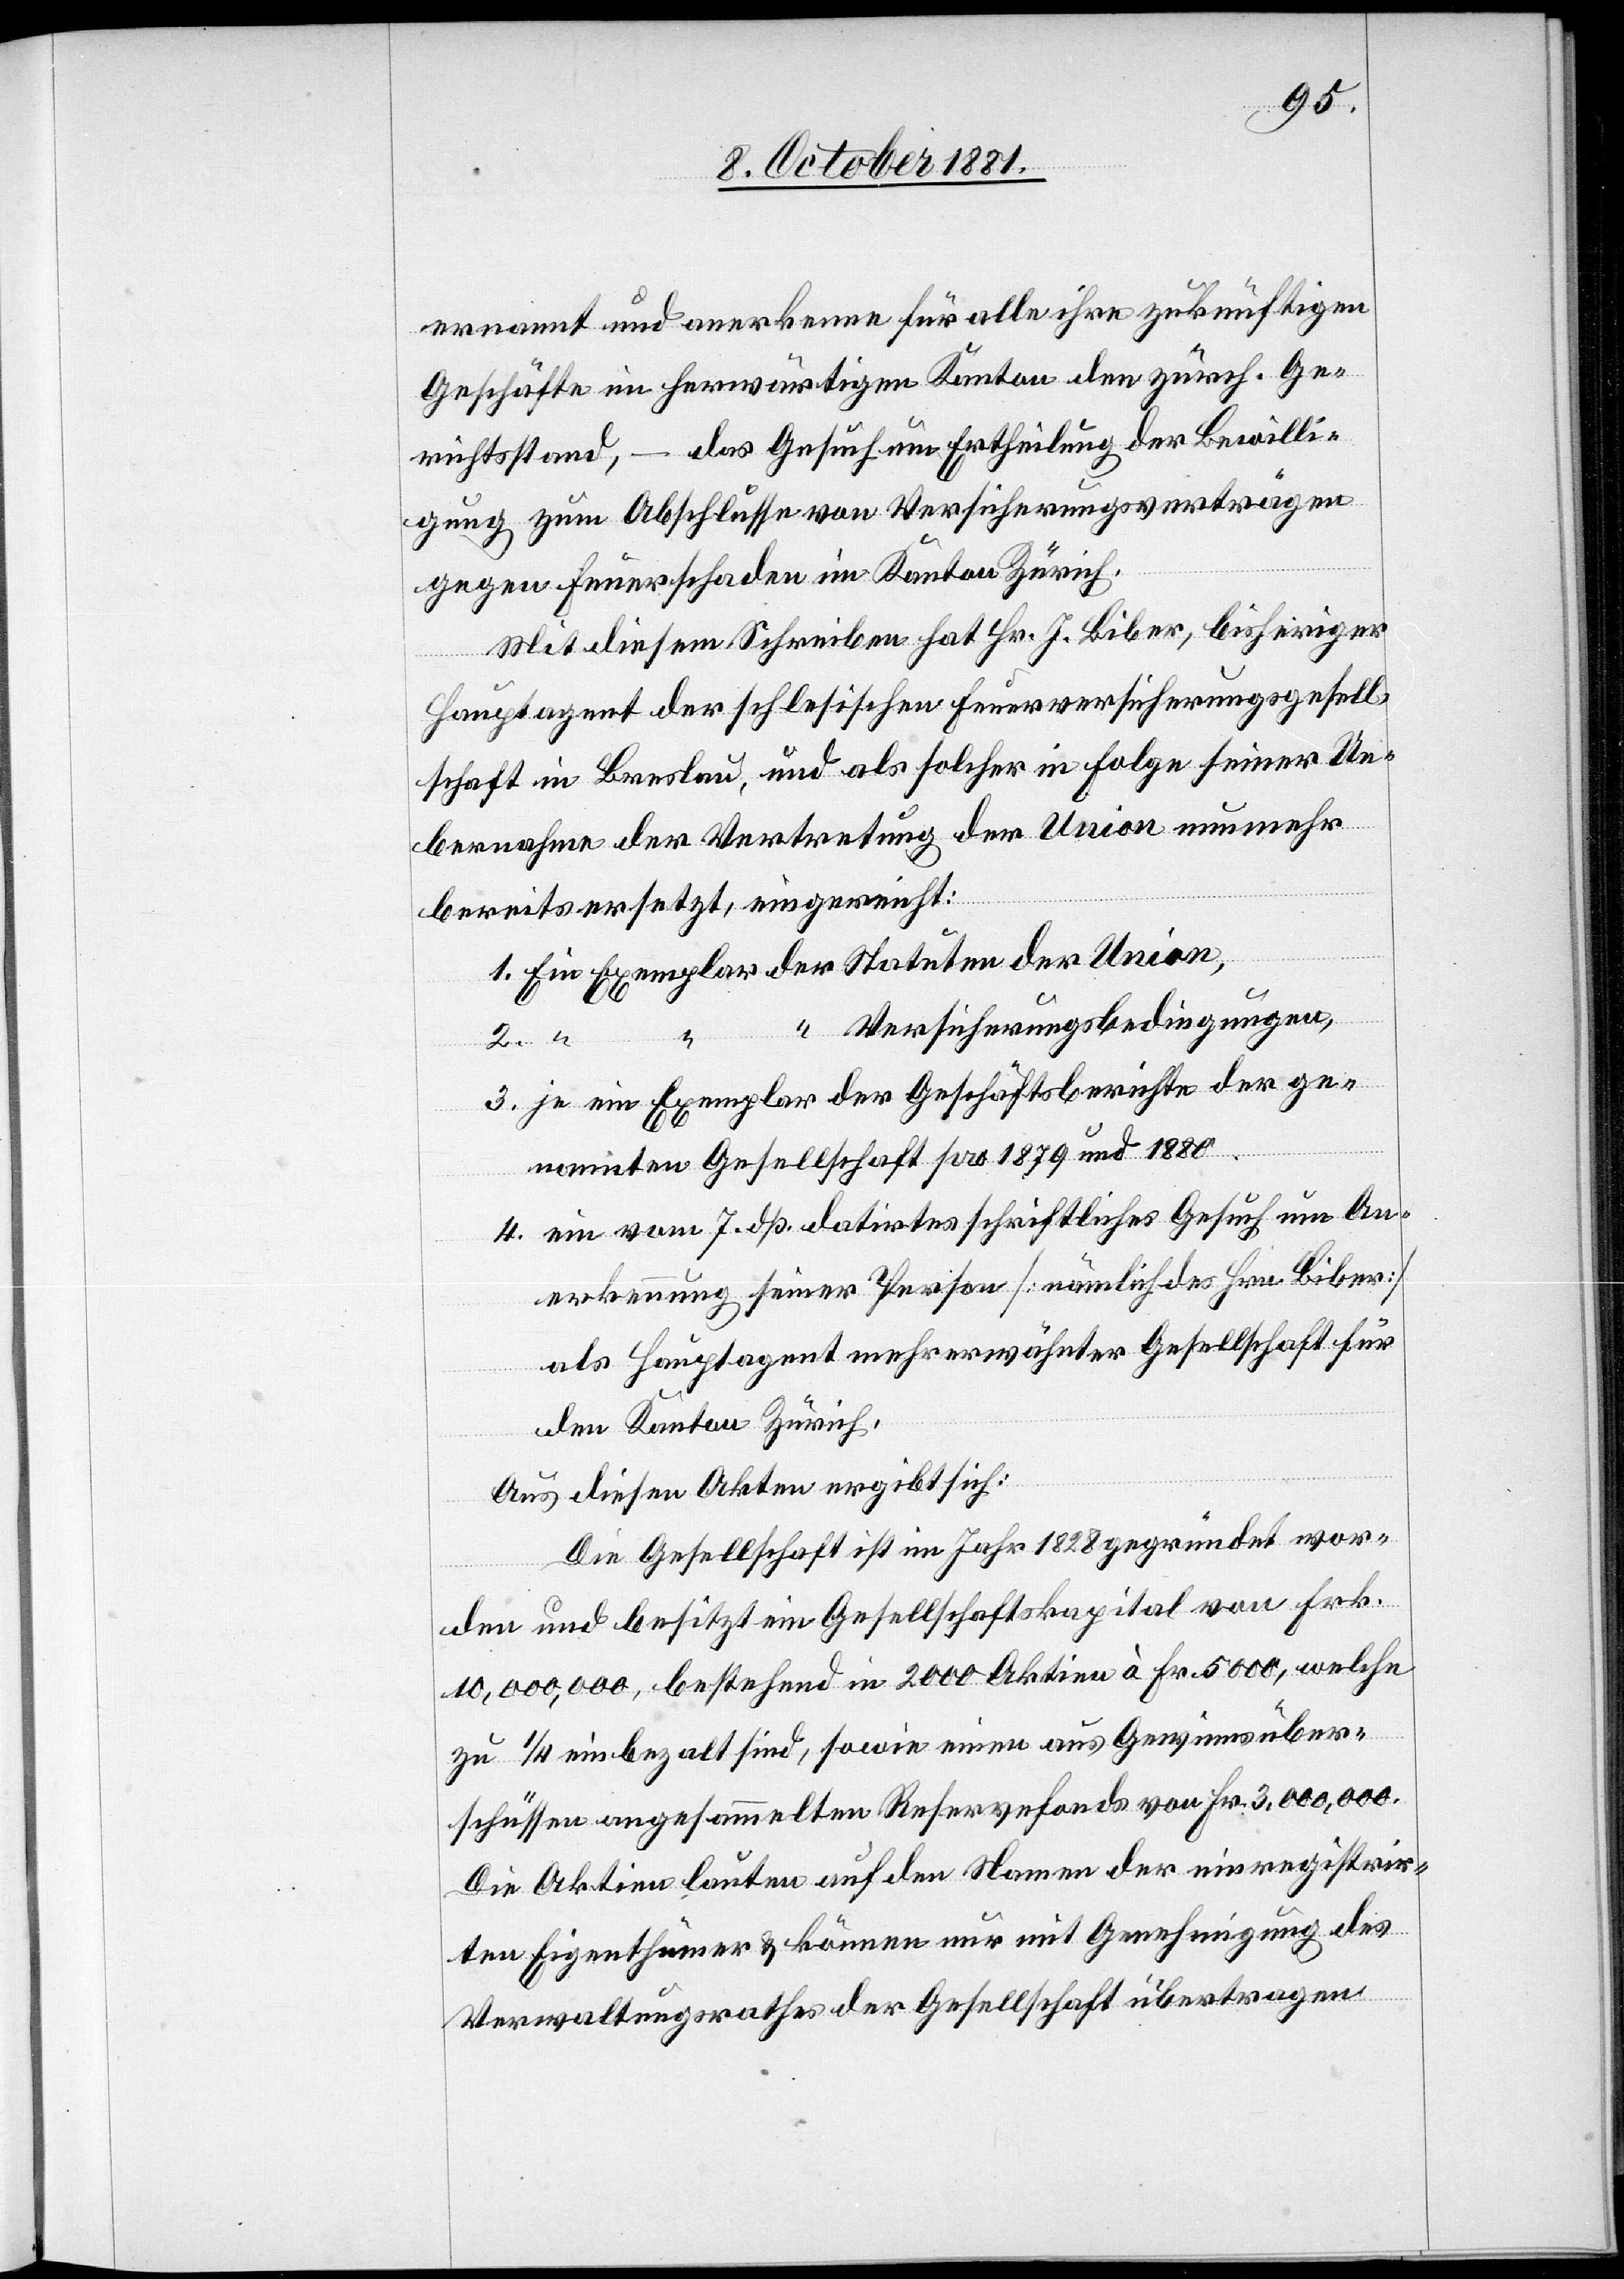
ernannt und anerkenne für alle ihre zukünftigen
Geschäfte im herwärtigen Kanton den zürch. Ge¬
richtsstand, – das Gesuch um Ertheilung der Bewilli¬
gung zum Abschlusse von Versicherungsverträgen
gegen Feuerschaden im Kanton Zürich.
Mit diesem Schreiben hat Hr. J. Biber, bisheriger
Hauptagent der schlesischen Feuerversicherungsgesell¬
schaft in Breslau, und als solcher in Folge seiner Ue¬
bernahme der Vertretung der Union nunmehr
bereits ersetzt, eingereicht:
1. Ein Exemplar der Statuten der Union,
“ Versicherungsbedingungen,
2.
3. je ein Exemplar der Geschäftsberichte der ge¬
nannten Gesellschaft pro 1879 und 1880
4. ein vom 7. dß. datirtes schriftliches Gesuch um An¬
erkennung seiner Person [nämlich des Hrn. Biber]
als Hauptagent mehrerwähnter Gesellschaft für
den Kanton Zürich.
Aus diesen Akten ergibt sich:
Die Gesellschaft ist im Jahr 1828 gegründet wor¬
den und besitzt ein Gesellschaftskapital von Frk.
10,000,000, bestehend in 2000 Aktien à Fr. 5000, welche
zu 1/4 einbezalt sind, sowie einen aus Gewinnsüber¬
schüssen angesammelten Reservefonds von Fr. 3,000,000.
Die Aktien lauten auf den Namen der einregistrir¬
ten Eigenthümer & können nur mit Genehmigung des
Verwaltungsrathes der Gesellschaft übertragen